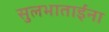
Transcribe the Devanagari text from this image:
सुलभाताईंना